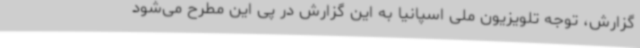
گزارش، توجه تلویزیون ملی اسپانیا به این گزارش در پی این مطرح می‌شود